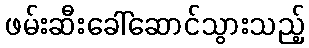
ဖမ်းဆီးခေါ်ဆောင်သွားသည့်